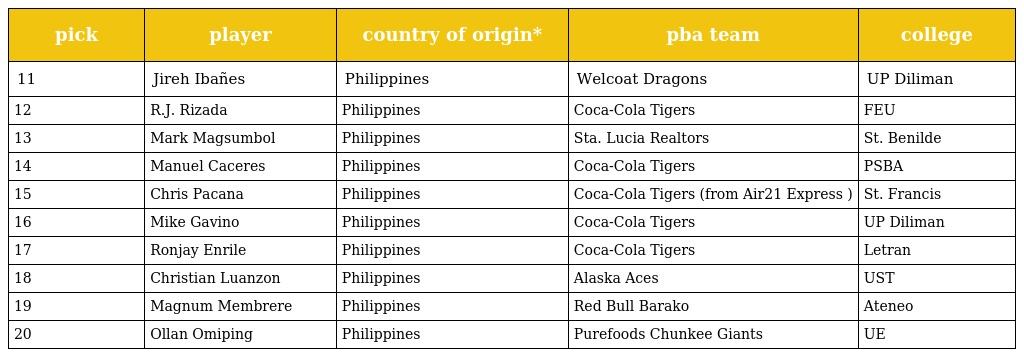
| pick | player | country of origin* | pba team | college |
 | --- | --- | --- | --- | --- |
 | 11 | Jireh Ibañes | Philippines | Welcoat Dragons | UP Diliman |
 | 12 | R.J. Rizada | Philippines | Coca-Cola Tigers | FEU |
 | 13 | Mark Magsumbol | Philippines | Sta. Lucia Realtors | St. Benilde |
 | 14 | Manuel Caceres | Philippines | Coca-Cola Tigers | PSBA |
 | 15 | Chris Pacana | Philippines | Coca-Cola Tigers (from Air21 Express ) | St. Francis |
 | 16 | Mike Gavino | Philippines | Coca-Cola Tigers | UP Diliman |
 | 17 | Ronjay Enrile | Philippines | Coca-Cola Tigers | Letran |
 | 18 | Christian Luanzon | Philippines | Alaska Aces | UST |
 | 19 | Magnum Membrere | Philippines | Red Bull Barako | Ateneo |
 | 20 | Ollan Omiping | Philippines | Purefoods Chunkee Giants | UE |